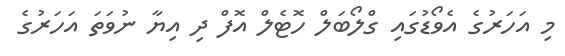
މި އަހަރުގެ އެވޯޑުގައި ގްލޯބަލް ހޮޓެލް އޮފް ދި އިޔާ ނުވަތަ އަހަރުގެ